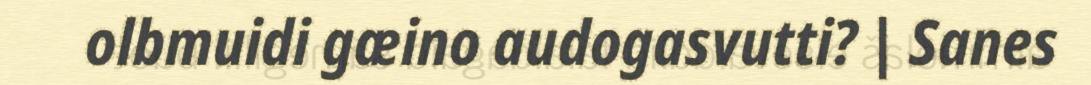
olbmuidi gæino audogasvutti? | Sanes